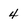
Character: 4